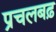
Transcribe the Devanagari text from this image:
प्रचलबढ़